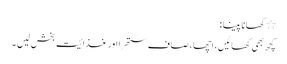
٭کھانا پینا :
کچھ بھی کھائیں ، اچھا ، صاف ستھرا اور غذائیت بخش لیں ۔